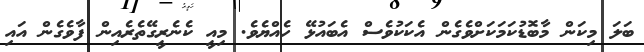
ބަލަ މިކަން މާބޮޑުކަމަކަށްވެގެން އެކަކުވެސް އެބައުޅޭ ހެއްޔެވެ. މިއީ ކެނެރީގޭތެރެއިން ފާވެގެން އައި